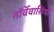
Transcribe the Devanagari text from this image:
नॉर्वेवासियों